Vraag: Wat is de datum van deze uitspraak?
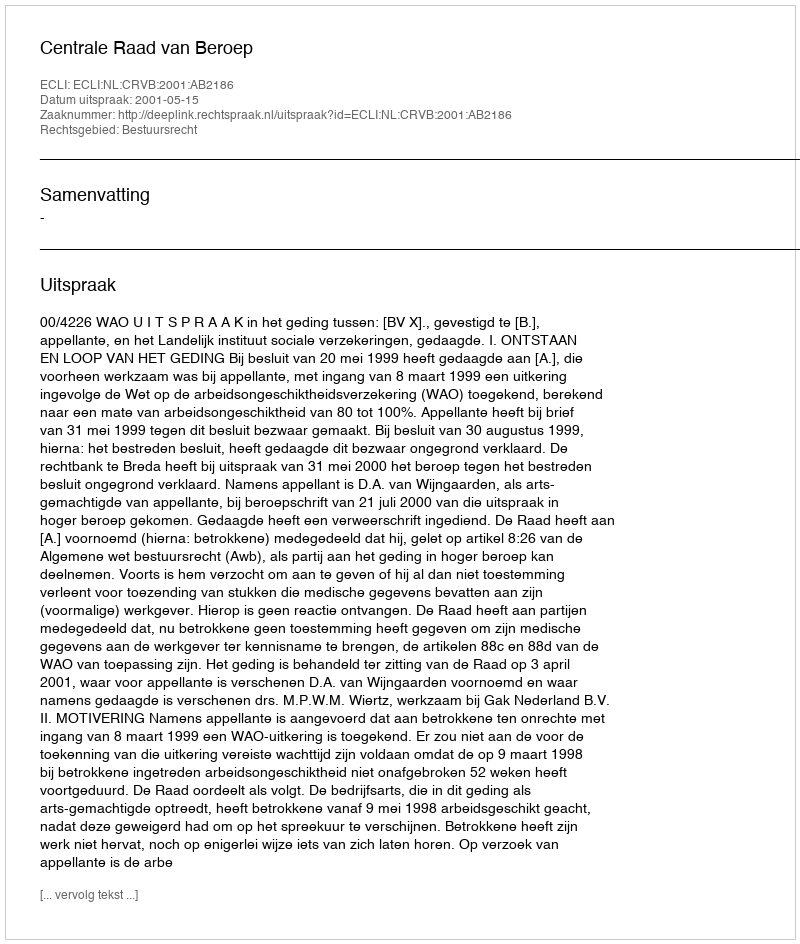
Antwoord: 2001-05-15